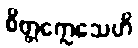
စိတ္တက္လေသေဟိ